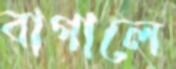
বাগালে